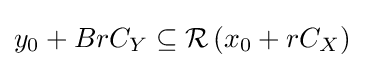
y_{0}+BrC_{Y}\subseteq {\mathcal {R}}\left(x_{0}+rC_{X}\right)